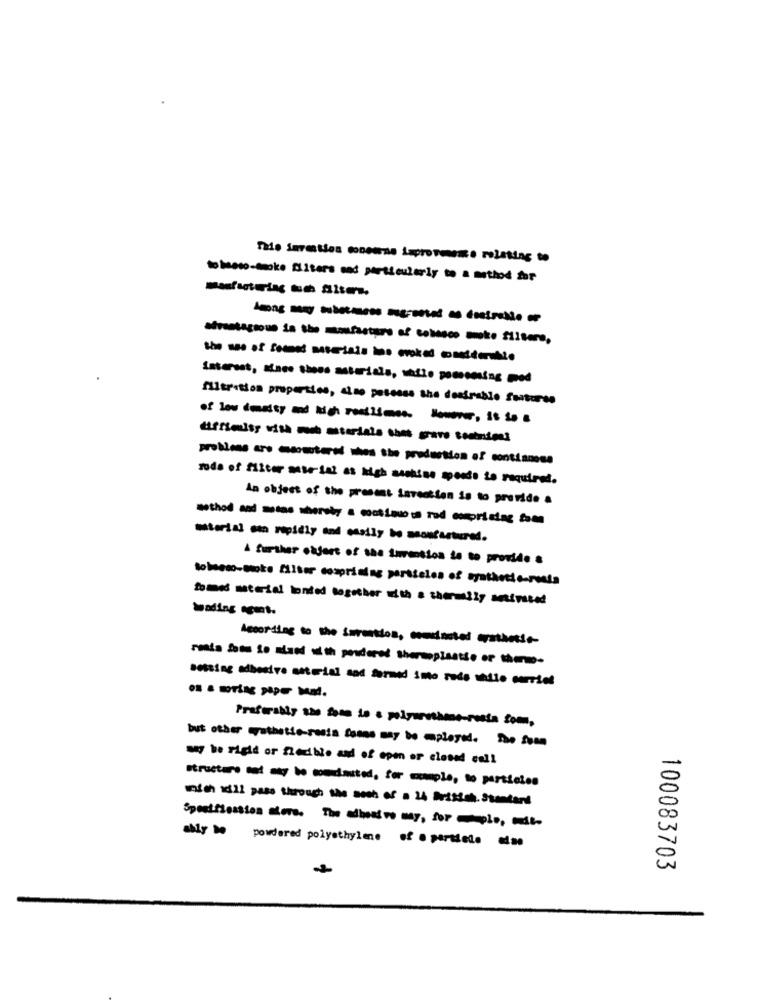
those-moke filters and particularly to a method for
the use of foamed materiais be coked considerable
filtration properties, aino possess the desirable features
mode of filter sase ial as high aschine moods to required.
An object of the present invention is to provide .
------ - --- red.
À further ohjort of the turension te to provide a
tobeeco-moke filter comprising particles of synthetic-resta
fomes material tonted together with a thermily animated
Wading mount.
According to the Serontdos, comeintoi crathesse-
resta fots io miand with pondered thermopisatie or them-
messing adhesive material sod formed imo rode shilo muriel
.S & wTing paper wat.
Preferably sie fone is a polyurethane-rosta Som,
but other erathetie-resis Sonne may be played. The Sum
wy be rigid or flexible and of open er closed call
with 1d12 pass through the soch of . 14 British. Standard
Specification more. The adhesivo may, for mplo, wie
powdered polyethylene of · partiele ase
100083703